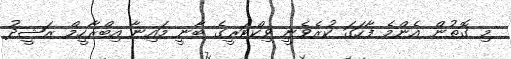
މި ގޮތުން އެންމެ ފާހަގަ ކުރެވެނީ ވިކްޓަރީގެ ބާނީ މައިނާ އިބްރާހީމް ރަޝީދު